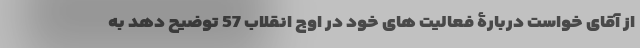
از آقای خواست دربارۀ فعالیت های خود در اوج انقلاب 57 توضیح دهد به